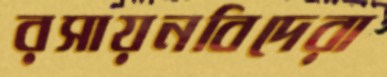
রসায়নবিদেরা